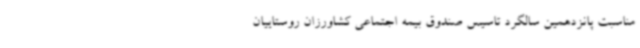
مناسبت پانزدهمین سالگرد تاسیس صندوق بیمه اجتماعی کشاورزان روستاییان